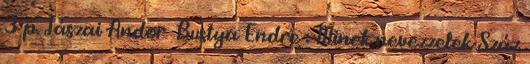
3 p. Jászai Andor Bustya Endre : Minek nevezzelek Száz